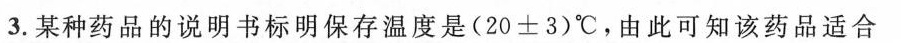
3.某种药品的说明书标明保存温度是(20±3)℃，由此可知该药品适合